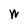
Character: W